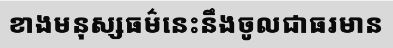
ខាងមនុស្សធម៌នេះនឹងចូលជាធរមាន